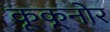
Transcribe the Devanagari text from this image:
कूकूनोर